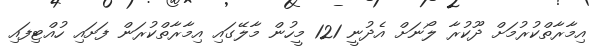
އިމާރާތްކުރުމަށް ދޫކުރާ ލޯނަށް އެދުނީ 121 މީހުން މާލޭގައި އިމާރާތްކުރަން ފަށައި ހުއްޓިފައި